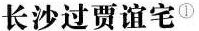
长沙过贾谊宅①